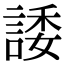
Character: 諉